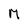
Character: M